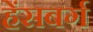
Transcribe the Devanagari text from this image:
हेंसबर्ग